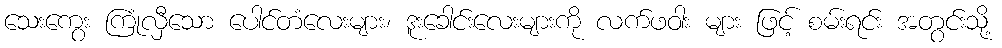
သေးကွေး ကြုံလှီသော ပေါင်တံလေးများ၊ ဒူးခေါင်းလေးများကို လက်ဖဝါး များ ဖြင့် စမ်းရင်း အတွင်းသို့